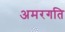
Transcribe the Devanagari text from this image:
अमरगति